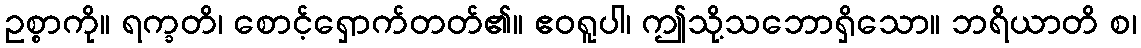
ဥစ္စာကို။ ရက္ခတိ၊ စောင့်ရှောက်တတ်၏။ ဧဝရူပါ၊ ဤသို့သဘောရှိသော။ ဘရိယာတိ စ၊